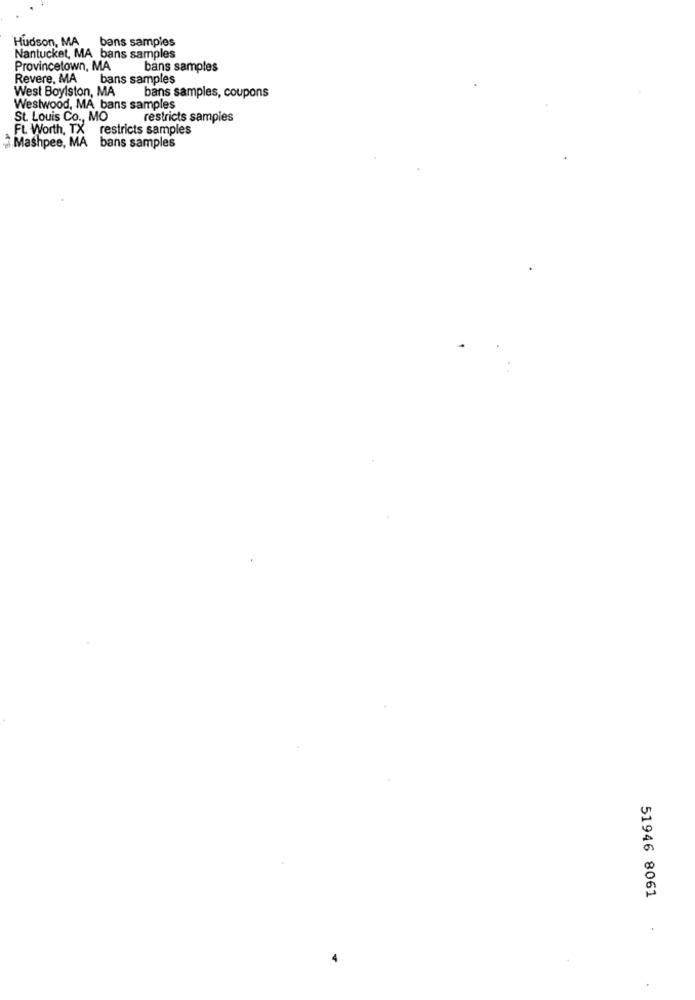
Hudson, MA bans samples
Nantucket, MA bans samples
Provincetown, MA
bans samples
Revere. MA
bans samples
West Boylston, MA
bans samples, coupons
Westwood, MA bans samples
St. Louis Co ., MO
restricts samples
FL Worth, TX restricts samples
Mashpee, MA bans samples
51946 8061